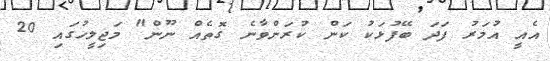
އެއީ އުމަރު ފަދަ ބޭފުޅަކު ކަން ކުރަންވާނެ ގޮތެއް ނޫން" މަޖިލީހުގައި 20